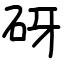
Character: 砑